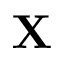
\mathbf { X }